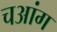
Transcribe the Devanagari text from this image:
चआंग